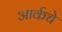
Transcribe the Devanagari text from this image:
आर्कचे